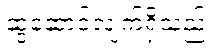
ဆွဲဆောင်လျက်ရှိသည်